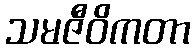
သမဇီဝိကတာ